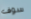
سوف